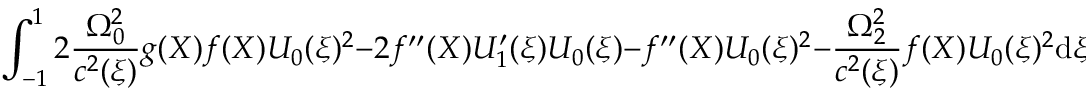
\int _ { - 1 } ^ { 1 } 2 \frac { \Omega _ { 0 } ^ { 2 } } { c ^ { 2 } ( \xi ) } g ( X ) f ( X ) U _ { 0 } ( \xi ) ^ { 2 } - 2 f ^ { \prime \prime } ( X ) U _ { 1 } ^ { \prime } ( \xi ) U _ { 0 } ( \xi ) - f ^ { \prime \prime } ( X ) U _ { 0 } ( \xi ) ^ { 2 } - \frac { \Omega _ { 2 } ^ { 2 } } { c ^ { 2 } ( \xi ) } f ( X ) U _ { 0 } ( \xi ) ^ { 2 } \: \mathrm { d } \xi = 0 .